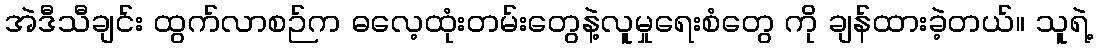
အဲဒီသီချင်း ထွက်လာစဉ်က ဓလေ့ထုံးတမ်းတွေနဲ့လူမှုရေးစံတွေ ကို ချန်ထားခဲ့တယ်။ သူရဲ့